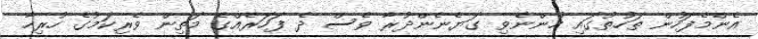
އެންމެފަހުން ތަހުތުގައި ހުންނެވި ގަޔެނެންދުރާ ވެސް ދެ ފަހަރެއްގެ މަތިން ވެރިކަމުގެ ހުރިހާ